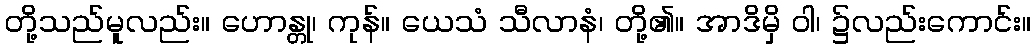
တို့သည်မူလည်း။ ဟောန္တု၊ ကုန်။ ယေသံ သီလာနံ၊ တို့၏။ အာဒိမှိ ဝါ၊ ၌လည်းကောင်း။